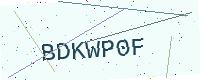
Text: BDKWP0F